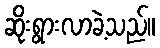
ဆိုးရွားလာခဲ့သည်။